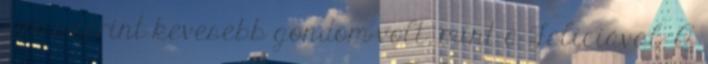
szó szerint kevesebb gondom volt, mint a Feliciával. A